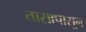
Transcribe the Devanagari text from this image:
तासापासून